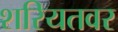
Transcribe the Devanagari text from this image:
शरियतवर